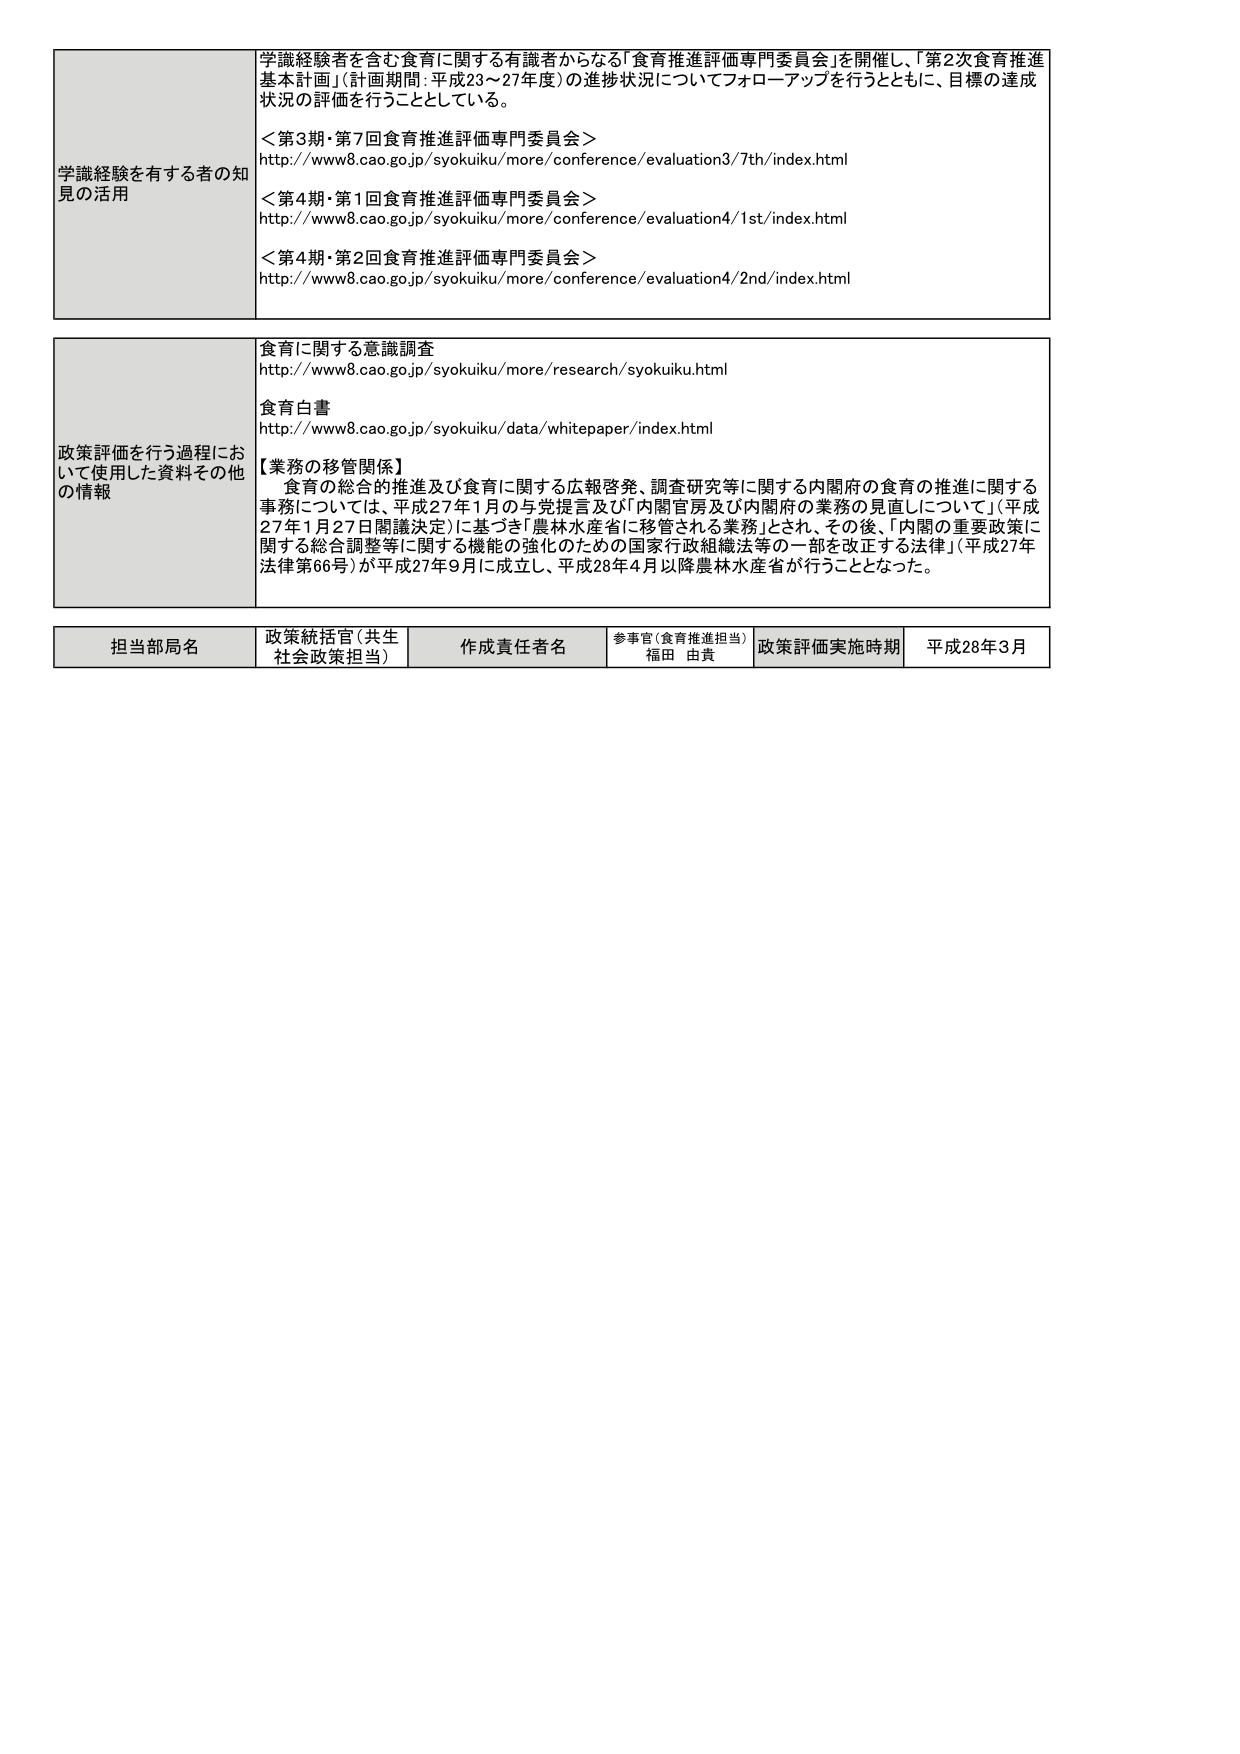
学識経験を有する者の知見の活用
学識経験者を含む食育に関する有識者からなる「食育推進評価専門委員会」を開催し、「第2次食育推進基本計画」（計画期間：平成23～27年度）の進捗状況についてフォローアップを行うとともに、目標の達成状況の評価を行うこととしている。
＜第3期・第7回食育推進評価専門委員会＞
http://www8.cao.go.jp/syokuiku/more/conference/evaluation3/7th/index.html
＜第4期・第1回食育推進評価専門委員会＞
http://www8.cao.go.jp/syokuiku/more/conference/evaluation4/1st/index.html
＜第4期・第2回食育推進評価専門委員会＞
http://www8.cao.go.jp/syokuiku/more/conference/evaluation4/2nd/index.html

政策評価を行う過程において使用した資料その他 の情報
食育に関する意識調査
http://www8.cao.go.jp/syokuiku/more/research/syokuiku.html
食育白書
http://www8.cao.go.jp/syokuiku/data/whitepaper/index.html
【業務の移管関係】
食育の総合的推進及び食育に関する広報啓発、調査研究等に関する内閣府の食育の推進に関する事務については、平成27年1月の与党提言及び「内閣官房及び内閣府の業務の見直しについて」（平成27年1月27日閣議決定）に基づき「農林水産省に移管される業務」とされ、その後、「内閣の重要政策に関する総合調整等に関する機能の強化のための国家行政組織法等の一部を改正する法律」（平成27年法律第66号）が平成27年9月に成立し、平成28年4月以降農林水産省が行うこととなった。

担当部局名
政策統括官（共生社会政策担当）
作成責任者名
参事官（食育推進担当） 福田 由貴
政策評価実施時期
平成28年3月